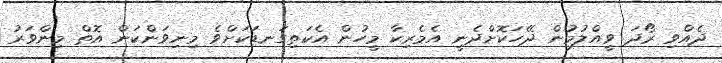
ދެއްވި ރޯދަ ވީއްލުމުން ދޭހަކޮށްދެނީ އެމެރިކާ މީހުން އެކަތިގަނޑަކަށްވެ މިނިވަންކަން އޮތް މިންވަރު